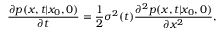
\frac { \partial p ( x , t | x _ { 0 } , 0 ) } { \partial t } = \frac { 1 } { 2 } \sigma ^ { 2 } ( t ) \frac { \partial ^ { 2 } p ( x , t | x _ { 0 } , 0 ) } { \partial x ^ { 2 } } ,